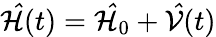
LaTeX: \mathcal{\hat{H}}(t)=\mathcal{\hat{H}}_{0}+\mathcal{\hat{V}}(t)